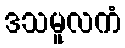
ဒသမူလကံ